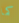
كما